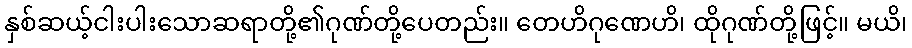
နှစ်ဆယ့်ငါးပါးသောဆရာတို့၏ဂုဏ်တို့ပေတည်း။ တေဟိဂုဏေဟိ၊ ထိုဂုဏ်တို့ဖြင့်။ မယိ၊